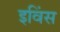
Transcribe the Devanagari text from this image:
इविंस